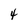
Character: 4